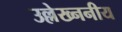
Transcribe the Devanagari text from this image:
उल्लेख्ननीय